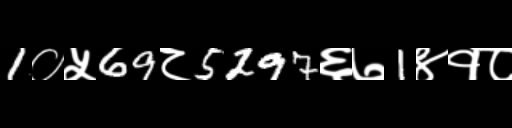
Text: 1०५69८5297६७1४१८